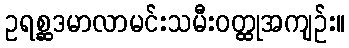
ဥရစ္ဆဒမာလာမင်းသမီးဝတ္ထုအကျဉ်း။